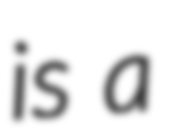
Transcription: is a